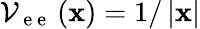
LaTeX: \mathcal{V}_{\mathrm{~e~e~}}\left({\mathbf x}\right)=1/\left|{\mathbf x}\right|